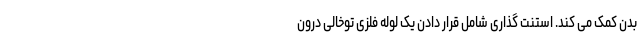
بدن کمک می کند. استنت گذاری شامل قرار دادن یک لوله فلزی توخالی درون